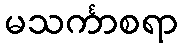
မသင်္ကာစရာ